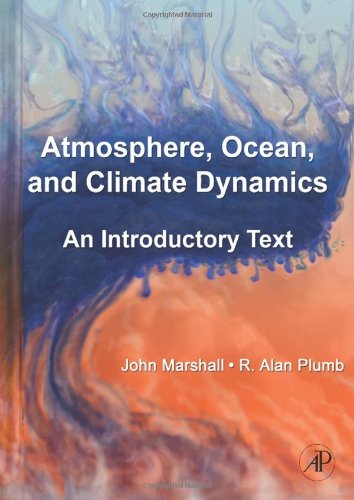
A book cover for Atmosphere, Ocean and Climate Dynamics: An Introductory Text (International Geophysics); John Marshall; Science & Math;